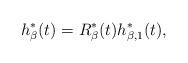
LaTeX: \begin{align*}h_\beta^*(t) = R^*_{\beta}(t) h_{\beta,1}^*(t),\end{align*}